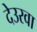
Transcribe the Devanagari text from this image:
देउरवा